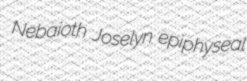
Nebaioth Joselyn epiphyseal